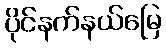
ပိုင်နက်နယ်မြေ